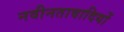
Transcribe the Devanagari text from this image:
नवीनतावादियों